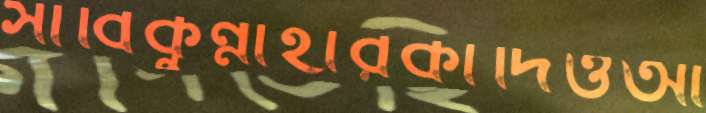
সাবিকুন্নাহারকাঁদিওআ